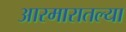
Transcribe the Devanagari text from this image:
आरमारातल्या